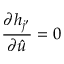
\frac { \partial h _ { j ^ { \prime } } } { \partial \hat { u } } = 0